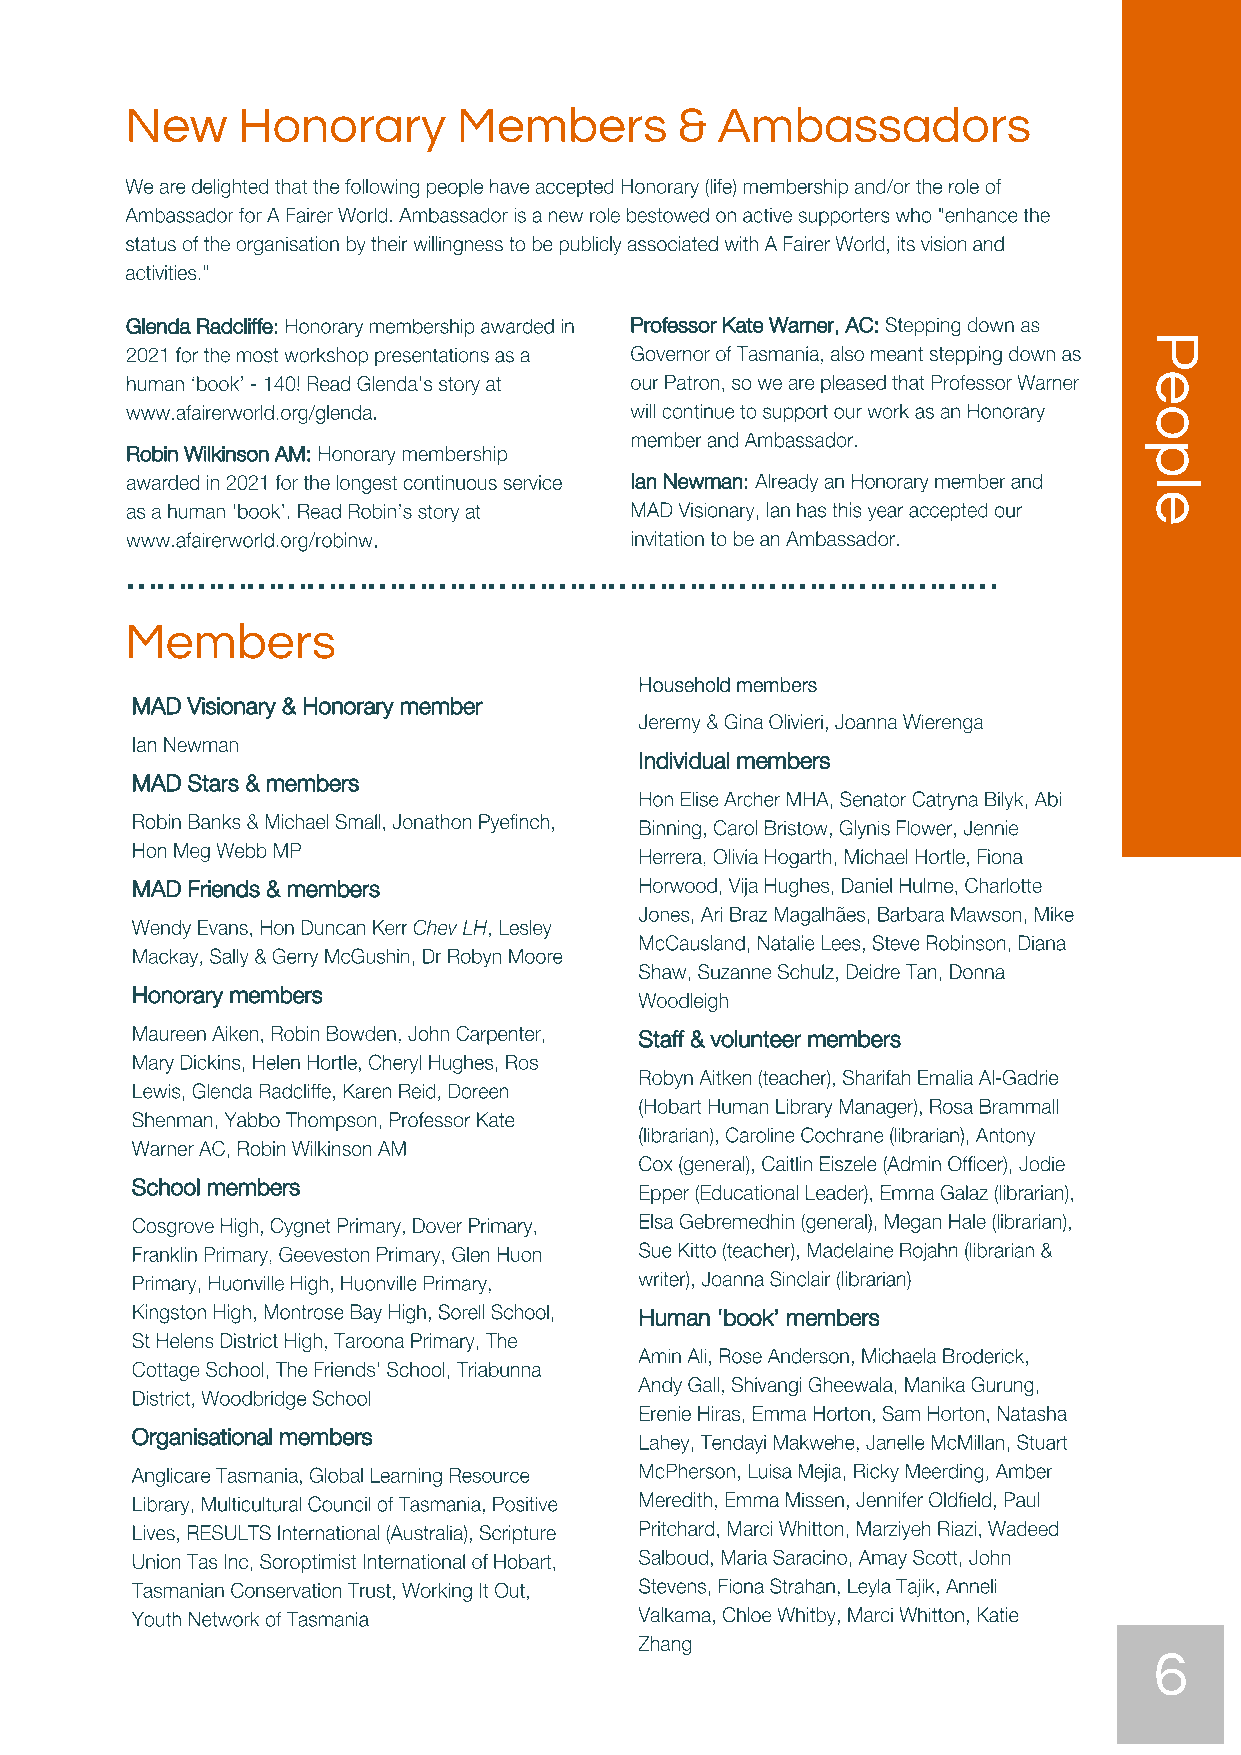
New     Honorary      Members        & Ambassadors
 Glenda Radcliffe:                 Professor Kate Warner, AC:
 Robin Wilkinson AM:
 Ian Newman:
 ……………………………………………………………………………
 Members
 MAD Visionary & Honorary member
 Individual members
 MAD Stars & members
 MAD Friends & members
 Honorary members
 Staff & volunteer members
 School members
 Human ‘book’ members
 Organisational members
 6
 People